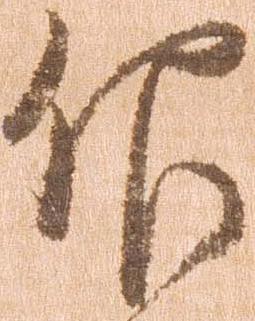
仰